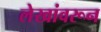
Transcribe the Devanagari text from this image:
लेखांवरून